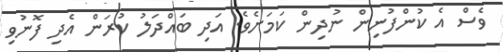
ވެސް އެ ކުންފުނިން ނުދިން ކަމަށެވެ. އަދި ބައްދަލު ކުރަން އެދި ފޮނުވި